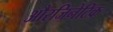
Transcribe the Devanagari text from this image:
औरजिनेटिक